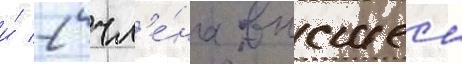
и́ 2 чл'е́на высшеи